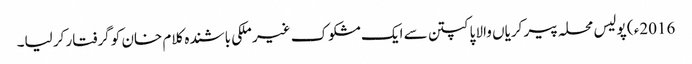
2016ء ) پولیس محلہ پیر کریاں والا پاکپتن سے ایک مشکوک غیر ملکی باشندہ کلام خان کو گرفتار کر لیا۔